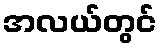
အလယ်တွင်